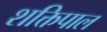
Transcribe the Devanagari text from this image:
शक्तिपाल